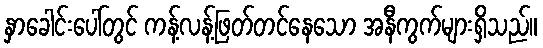
နှာခေါင်းပေါ်တွင် ကန့်လန့်ဖြတ်တင်နေသော အနီကွက်များရှိသည်။